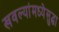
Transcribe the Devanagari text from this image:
खवल्यांमध्येसुद्धा